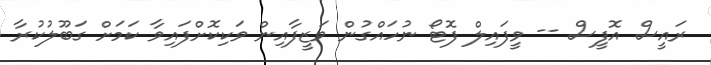
ރައީސް އޮފީސް -- ވީފައިލް ފޮޓޯ ނުހައްގުން ވަޒީފާއިން ވަކިކޮށްފައިވާ ކަމަށް ގަބޫލުކުރާ